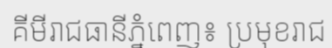
គីមីរាជធានីភ្នំពេញ៖ ប្រមុខរាជ